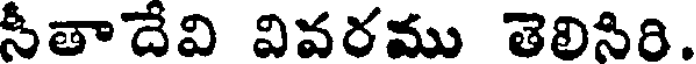
సీతాదేవి వివరము తెలిసిరి.